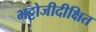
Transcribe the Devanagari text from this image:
भट्टोजीदीक्षित